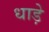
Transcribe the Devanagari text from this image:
धाड़े